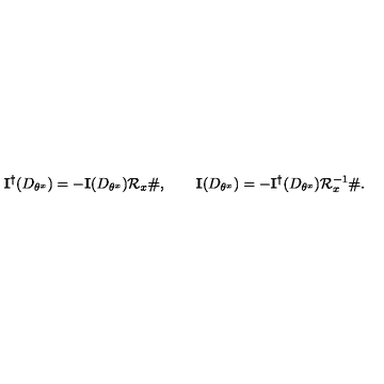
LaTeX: \mathbf { I } ^ { \dagger } ( D _ { \theta ^ { x } } ) = - \mathbf { I } ( D _ { \theta ^ { x } } ) \mathcal { R } _ { x } \# , \qquad \mathbf { I } ( D _ { \theta ^ { x } } ) = - \mathbf { I } ^ { \dagger } ( D _ { \theta ^ { x } } ) \mathcal { R } _ { x } ^ { - 1 } \# .